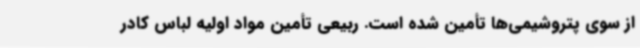
از سوی پتروشیمی‌ها تأمین شده است. ربیعی تأمین مواد اولیه لباس کادر